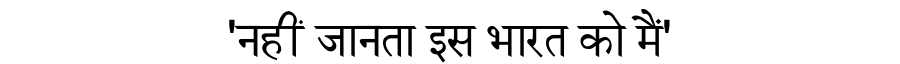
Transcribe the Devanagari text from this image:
'नहीं जानता इस भारत को मैं'